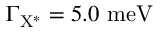
\Gamma _ { \mathrm { { X ^ { * } } } } = 5 . 0 ~ \mathrm { { m e V } }